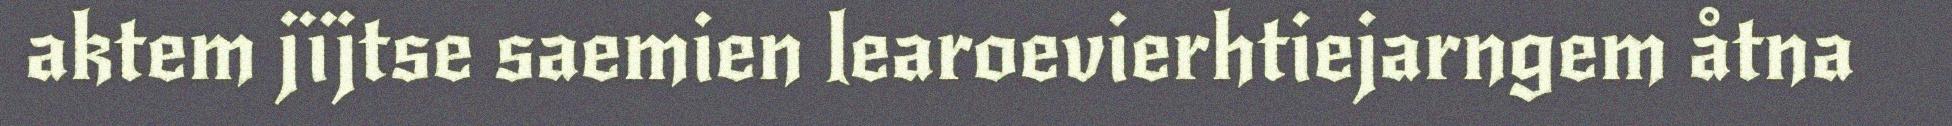
aktem jïjtse saemien learoevierhtiejarngem åtna